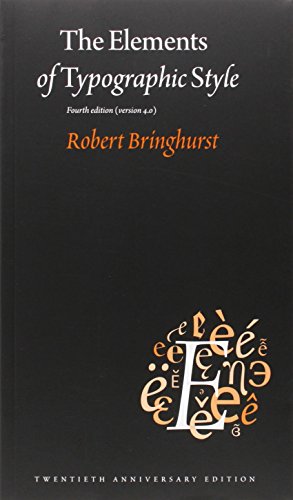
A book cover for The Elements of Typographic Style: Version 4.0: 20th Anniversary Edition; Robert Bringhurst; Arts & Photography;